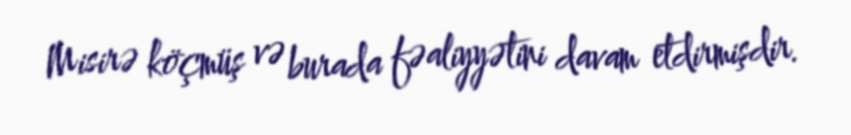
Misirə köçmüş və burada fəaliyyətini davam etdirmişdir.